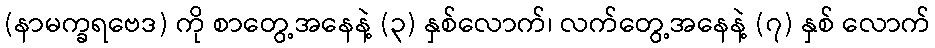
(နာမက္ခရဗေဒ) ကို စာတွေ့အနေနဲ့ (၃) နှစ်လောက်၊ လက်တွေ့အနေနဲ့ (၇) နှစ် လောက်